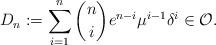
LaTeX: \begin{align*} D_n := \sum_{i=1}^n \binom{n}{i} e^{n-i} \mu^{i-1} \delta^i\in \mathcal{O}.\end{align*}